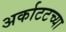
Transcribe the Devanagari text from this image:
अर्काटटच्या